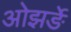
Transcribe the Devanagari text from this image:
ओझर्ङे